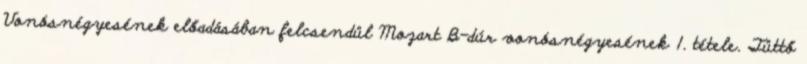
Vonósnégyesének előadásában felcsendül Mozart B-dúr vonósnégyesének 1. tétele. Tüttő